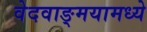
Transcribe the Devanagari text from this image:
वेदवाङ्मयामध्ये